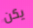
يكن